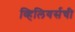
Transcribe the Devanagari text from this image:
व्हिलियर्सची